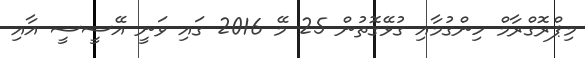
މިޕްރޮގްރާމް ހިންގުމާއި ގުޅޭގޮތުން 25 މޭ 2016 ގައި ވަނީ އޭސީސީ އާއި